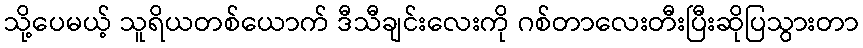
သို့ပေမယ့် သူရိယတစ်ယောက် ဒီသီချင်းလေးကို ဂစ်တာလေးတီးပြီးဆိုပြသွားတာ